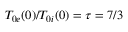
T _ { 0 e } ( 0 ) / T _ { 0 i } ( 0 ) = \tau = 7 / 3